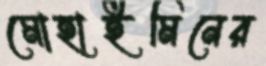
মোহাইমিনের